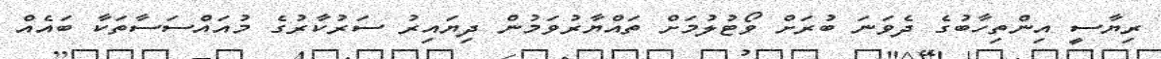
ރިޔާސީ އިންތިހާބުގެ ދެވަނަ ބުރަށް ވޯޓުލުމަށް ތައްޔާރުވަމުން ދިޔައިރު ސަރުކާރުގެ މުއައްސަސާތަކާ ބައެއް